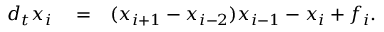
\begin{array} { r l r } { d _ { t } x _ { i } } & { { } = } & { ( x _ { i + 1 } - x _ { i - 2 } ) x _ { i - 1 } - x _ { i } + f _ { i } . } \end{array}